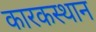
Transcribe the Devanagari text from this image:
कारकस्थान